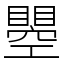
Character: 瞾